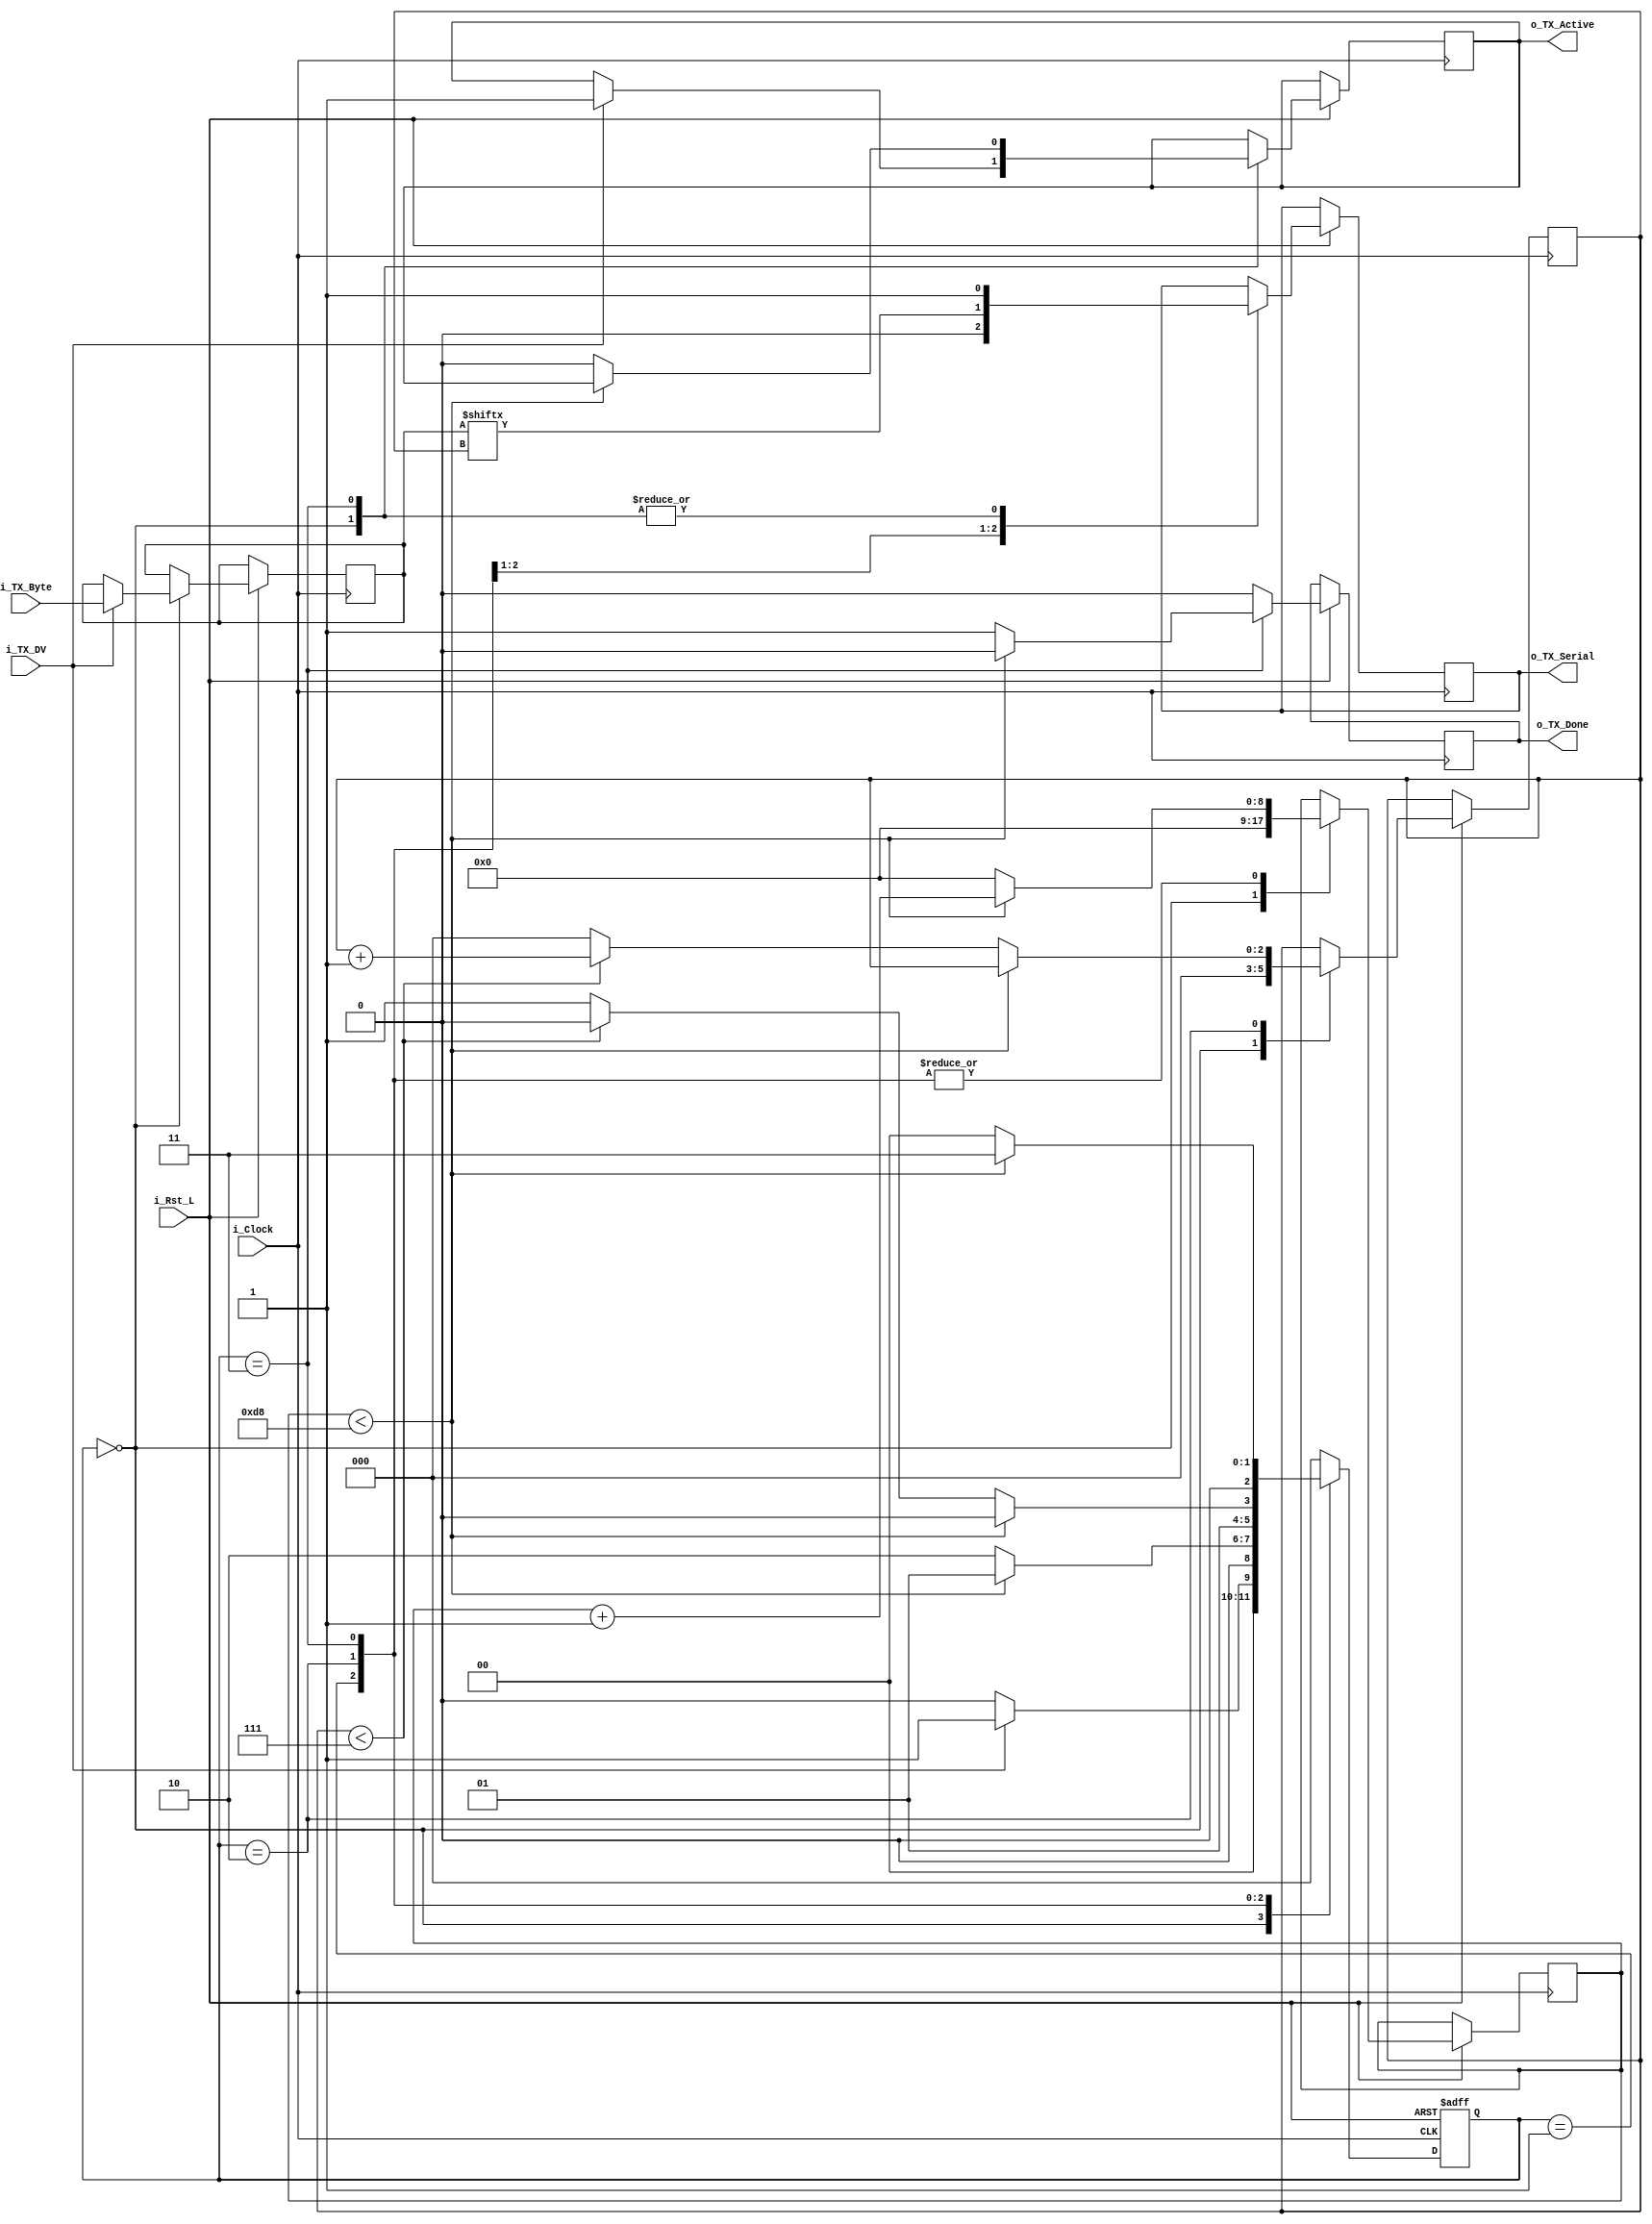
// UART Transmitter :  
// This transmitter is able to transmit 8 bits of serial data, one start bit, one stop bit,
// and no parity bit.  When transmit is complete o_Tx_done will be driven high for one clock cycle.
//
// Set Parameter CLKS_PER_BIT as follows:
// CLKS_PER_BIT = (Frequency of i_Clock)/(Frequency of UART)
// Example: 25 MHz Clock, 115200 baud UART
// (25000000)/(115200) = 217
 
module UART_TX 
  #(parameter CLKS_PER_BIT = 217)
  (
   input       i_Rst_L,
   input       i_Clock,
   input       i_TX_DV,
   input [7:0] i_TX_Byte, 
   output reg  o_TX_Active,
   output reg  o_TX_Serial,
   output reg  o_TX_Done
   );
 
  localparam IDLE         = 2'b00;
  localparam TX_START_BIT = 2'b01;
  localparam TX_DATA_BITS = 2'b10;
  localparam TX_STOP_BIT  = 2'b11;
  
  reg [2:0] r_SM_Main;
  reg [$clog2(CLKS_PER_BIT):0] r_Clock_Count;
  reg [2:0] r_Bit_Index;
  reg [7:0] r_TX_Data;


  // Purpose: Control TX state machine
  always @(posedge i_Clock or negedge i_Rst_L)
  begin
    if (~i_Rst_L)
    begin
      r_SM_Main <= 3'b000;
    end
    else
    begin

      o_TX_Done <= 1'b0;

      case (r_SM_Main)
      IDLE :
        begin
          o_TX_Serial   <= 1'b1;         // Drive Line High for Idle
          r_Clock_Count <= 0;
          r_Bit_Index   <= 0;
          
          if (i_TX_DV == 1'b1)
          begin
            o_TX_Active <= 1'b1;
            r_TX_Data   <= i_TX_Byte;
            r_SM_Main   <= TX_START_BIT;
          end
          else
            r_SM_Main <= IDLE;
        end // case: IDLE
      
      
      // Send out Start Bit. Start bit = 0
      TX_START_BIT :
        begin
          o_TX_Serial <= 1'b0;
          
          // Wait CLKS_PER_BIT-1 clock cycles for start bit to finish
          if (r_Clock_Count < CLKS_PER_BIT-1)
          begin
            r_Clock_Count <= r_Clock_Count + 1;
            r_SM_Main     <= TX_START_BIT;
          end
          else
          begin
            r_Clock_Count <= 0;
            r_SM_Main     <= TX_DATA_BITS;
          end
        end // case: TX_START_BIT
      
      
      // Wait CLKS_PER_BIT-1 clock cycles for data bits to finish         
      TX_DATA_BITS :
        begin
          o_TX_Serial <= r_TX_Data[r_Bit_Index];
          
          if (r_Clock_Count < CLKS_PER_BIT-1)
          begin
            r_Clock_Count <= r_Clock_Count + 1;
            r_SM_Main     <= TX_DATA_BITS;
          end
          else
          begin
            r_Clock_Count <= 0;
            
            // Check if we have sent out all bits
            if (r_Bit_Index < 7)
            begin
              r_Bit_Index <= r_Bit_Index + 1;
              r_SM_Main   <= TX_DATA_BITS;
            end
            else
            begin
              r_Bit_Index <= 0;
              r_SM_Main   <= TX_STOP_BIT;
            end
          end 
        end // case: TX_DATA_BITS
      
      
      // Send out Stop bit.  Stop bit = 1
      TX_STOP_BIT :
        begin
          o_TX_Serial <= 1'b1;
          
          // Wait CLKS_PER_BIT-1 clock cycles for Stop bit to finish
          if (r_Clock_Count < CLKS_PER_BIT-1)
          begin
            r_Clock_Count <= r_Clock_Count + 1;
            r_SM_Main     <= TX_STOP_BIT;
          end
          else
          begin
            o_TX_Done     <= 1'b1;
            r_Clock_Count <= 0;
            r_SM_Main     <= IDLE;
            o_TX_Active   <= 1'b0;
          end 
        end // case: TX_STOP_BIT      
      
      default :
        r_SM_Main <= IDLE;
      
    endcase
    end // else: !if(~i_Rst_L)
  end // always @ (posedge i_Clock or negedge i_Rst_L)

  
endmodule

module UART_RX
  #(parameter CLKS_PER_BIT = 217)
  (
   input        i_Clock,
   input        i_RX_Serial,
   output       o_RX_DV,
   output [7:0] o_RX_Byte
   );
   
  parameter IDLE         = 3'b000;
  parameter RX_START_BIT = 3'b001;
  parameter RX_DATA_BITS = 3'b010;
  parameter RX_STOP_BIT  = 3'b011;
  parameter CLEANUP      = 3'b100;
  
  reg [7:0] r_Clock_Count = 0;
  reg [2:0] r_Bit_Index   = 0; //8 bits total
  reg [7:0] r_RX_Byte     = 0;
  reg       r_RX_DV       = 0;
  reg [2:0] r_SM_Main     = 0;
  
  
  // Purpose: Control RX state machine
  always @(posedge i_Clock)
  begin
      
    case (r_SM_Main)
      IDLE :
        begin
          r_RX_DV       <= 1'b0;
          r_Clock_Count <= 0;
          r_Bit_Index   <= 0;
          
          if (i_RX_Serial == 1'b0)          // Start bit detected
            r_SM_Main <= RX_START_BIT;
          else
            r_SM_Main <= IDLE;
        end
      
      // Check middle of start bit to make sure it's still low
      RX_START_BIT :
        begin
          if (r_Clock_Count == (CLKS_PER_BIT-1)/2)
          begin
            if (i_RX_Serial == 1'b0)
            begin
              r_Clock_Count <= 0;  // reset counter, found the middle
              r_SM_Main     <= RX_DATA_BITS;
            end
            else
              r_SM_Main <= IDLE;
          end
          else
          begin
            r_Clock_Count <= r_Clock_Count + 1;
            r_SM_Main     <= RX_START_BIT;
          end
        end // case: RX_START_BIT
      
      
      // Wait CLKS_PER_BIT-1 clock cycles to sample serial data
      RX_DATA_BITS :
        begin
          if (r_Clock_Count < CLKS_PER_BIT-1)
          begin
            r_Clock_Count <= r_Clock_Count + 1;
            r_SM_Main     <= RX_DATA_BITS;
          end
          else
          begin
            r_Clock_Count          <= 0;
            r_RX_Byte[r_Bit_Index] <= i_RX_Serial;
            
            // Check if we have received all bits
            if (r_Bit_Index < 7)
            begin
              r_Bit_Index <= r_Bit_Index + 1;
              r_SM_Main   <= RX_DATA_BITS;
            end
            else
            begin
              r_Bit_Index <= 0;
              r_SM_Main   <= RX_STOP_BIT;
            end
          end
        end // case: RX_DATA_BITS
      
      
      // Receive Stop bit.  Stop bit = 1
      RX_STOP_BIT :
        begin
          // Wait CLKS_PER_BIT-1 clock cycles for Stop bit to finish
          if (r_Clock_Count < CLKS_PER_BIT-1)
          begin
            r_Clock_Count <= r_Clock_Count + 1;
     	    r_SM_Main     <= RX_STOP_BIT;
          end
          else
          begin
       	    r_RX_DV       <= 1'b1;
            r_Clock_Count <= 0;
            r_SM_Main     <= CLEANUP;
          end
        end // case: RX_STOP_BIT
      
      
      // Stay here 1 clock
      CLEANUP :
        begin
          r_SM_Main <= IDLE;
          r_RX_DV   <= 1'b0;
        end
      
      
      default :
        r_SM_Main <= IDLE;
      
    endcase
  end    
  
  assign o_RX_DV   = r_RX_DV;
  assign o_RX_Byte = r_RX_Byte;
  
endmodule // UART_RX